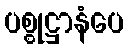
ပစ္စုဋ္ဌာနံပေ